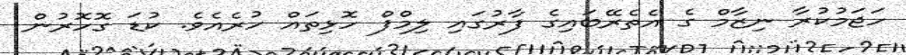
ހަޖަމުކުރާ ނިޒާމް ގެ އެތެރޭބައިގެ ފާރުގައި ލިމްފް ހޮޅިތައް ހުރެއެވެ. ކުޑަ ގޮހޮރުން